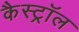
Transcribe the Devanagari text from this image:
कैस्ट्रॉल